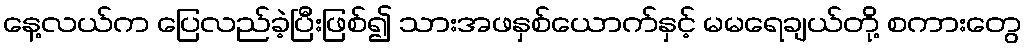
နေ့လယ်က ပြေလည်ခဲ့ပြီးဖြစ်၍ သားအဖနှစ်ယောက်နှင့် မမရေချယ်တို့ စကားတွေ